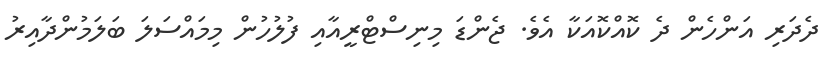
ދެދަރި އަންހެން ދެ ކޮއްކޮއަކާ އެވެ. ޖެންޑަ މިނިސްޓްރީއާއި ފުލުހުން މިމައްސަލަ ބަލަމުންދާއިރު